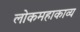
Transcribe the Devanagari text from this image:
लोकमहाकाव्य